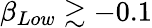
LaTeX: \beta_{Low}\gtrsim-0.1